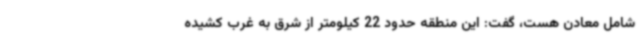
شامل معادن هست، گفت: این منطقه حدود 22 کیلومتر از شرق به غرب کشیده